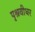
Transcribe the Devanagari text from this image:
पृश्रवीधर